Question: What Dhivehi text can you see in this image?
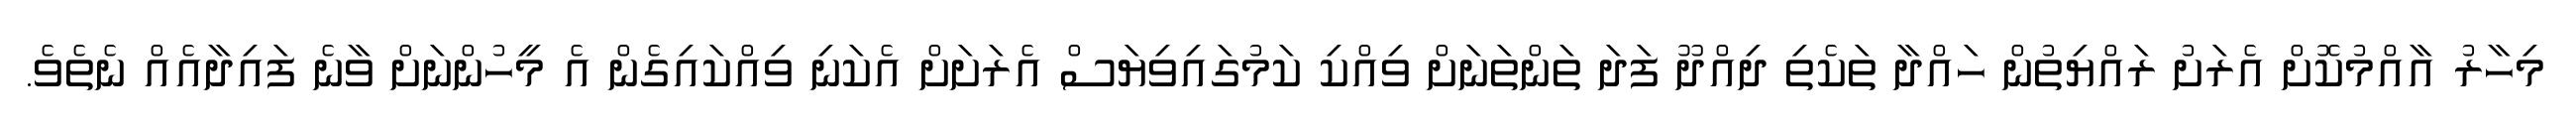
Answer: މިހާރު އާއްމުކޮށް އެރަށު ރައްޔިތުން ހައްދާ ތަކެތި ދިއްދޫ ފަދަ ތަންތަނަށް ވިއްކި ކަމުގައިވިޔަސް އެރަށަށް އެކަނި ވިއްކައިގެން އެ މީހުންނަށް ވާނެ ފައިދާއެއް ނެތެވެ.